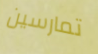
تمارسين